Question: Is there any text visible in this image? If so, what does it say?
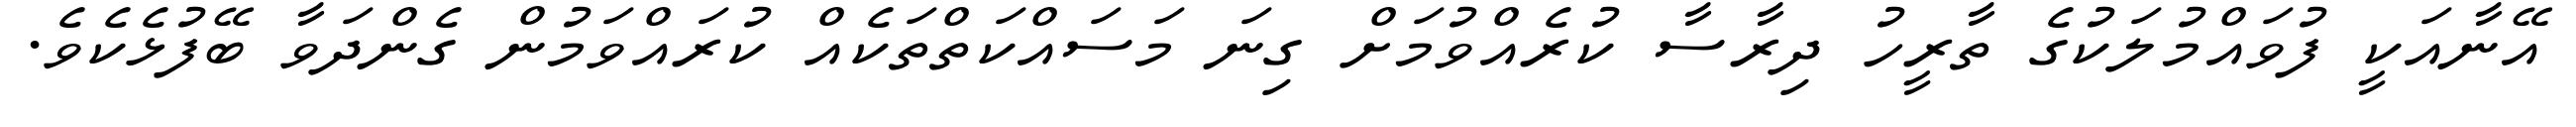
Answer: އޭނާއަކީ ފުވައްމުލަކުގެ ތާރީހު ދިރާސާ ކުރެއްވުމަށް ގިނަ މަސައްކަތްތަކެއް ކުރައްވަމުން ގެންދަވާ ބޭފުޅެކެވެ.